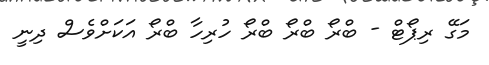
މަގޭ ރިޕޯޓް - ބްރޯ ބްރޯ ބްރޯ ހުރިހާ ބްރޯ އަކަށްވެސް ދިނީ